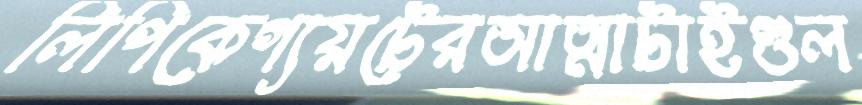
লিপিকেগ্যয়টেরআত্মাটাইগুল